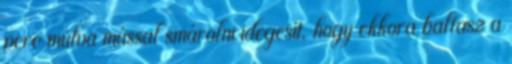
perc múlva mással smárolni idegesít, hogy ekkora balfasz a